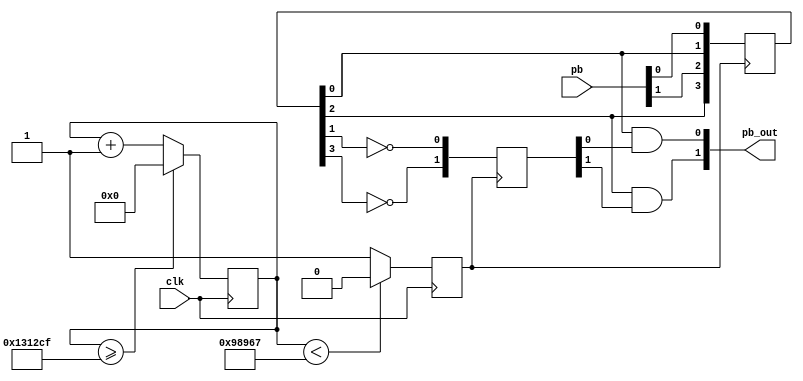
module debouncer(
input [1:0]pb,
input clk,
output [1:0]pb_out);

reg slow_clk_en;
reg [3:0]Q;
reg [1:0]Q2bar;
reg [23:0]counter=0;

  
always @(posedge clk)
    begin
     counter <= (counter>=1249999)?0:counter+1;
     slow_clk_en <= (counter < 624999)?1'b0:1'b1;
    end
always @ (posedge slow_clk_en) 
	begin
	
           Q[0] <= pb[0];
			  Q[1] <= Q[0];
			  Q2bar[0] <= ~Q[1];
	
				Q[2] <= pb[1];
			   Q[3] <= Q[2];
				Q2bar[1] <= ~Q[3];
			  
								
	end
assign pb_out[0] = Q[0] & Q2bar[0];
assign pb_out[1] = Q[2] & Q2bar[1];

endmodule